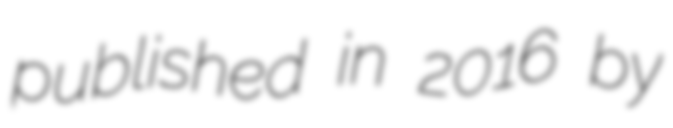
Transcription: published in 2016 by